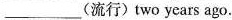
___(流行)two years ago.